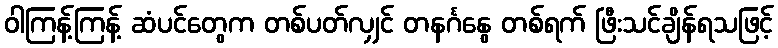
ဝါကြန့်ကြန့် ဆံပင်တွေက တစ်ပတ်လျှင် တနင်္ဂနွေ တစ်ရက် ဖြီးသင်ချိန်ရသဖြင့်